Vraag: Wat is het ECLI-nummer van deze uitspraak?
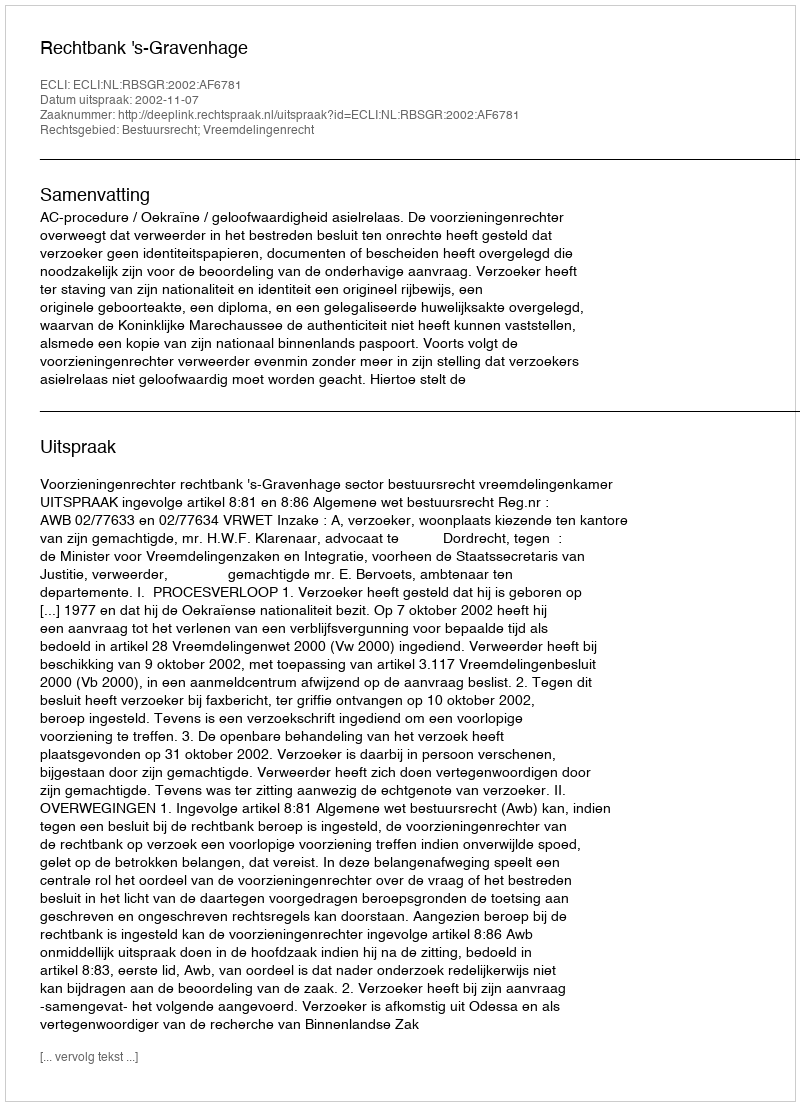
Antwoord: ECLI:NL:RBSGR:2002:AF6781